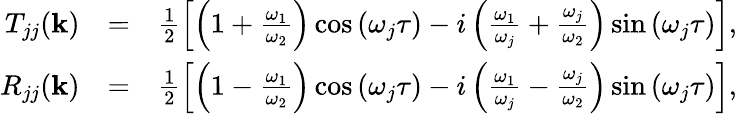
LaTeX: \begin{array}{rlr}{T_{jj}({\mathbf k})}&{=}&{\frac{1}{2}\left[\left(1+\frac{\omega_{1}}{\omega_{2}}\right)\cos\left(\omega_{j}\tau\right)-i\left(\frac{\omega_{1}}{\omega_{j}}+\frac{\omega_{j}}{\omega_{2}}\right)\sin\left(\omega_{j}\tau\right)\right],}\\ {R_{jj}({\mathbf k})}&{=}&{\frac{1}{2}\left[\left(1-\frac{\omega_{1}}{\omega_{2}}\right)\cos\left(\omega_{j}\tau\right)-i\left(\frac{\omega_{1}}{\omega_{j}}-\frac{\omega_{j}}{\omega_{2}}\right)\sin\left(\omega_{j}\tau\right)\right],}\end{array}